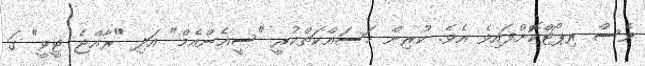
ވެސް ރިޕޯޓްކޮށްފައިވެ އެވެ. ކުރިން މަސައްކަތްކުރީ "ސީއެންއެމް" އަދި "ރާއްޖެ ޓީވީ" ގަ